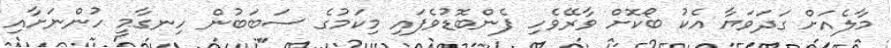
މާލެއަށް ގަދަވަޔާ އެކު ބޯކޮށް ވާރޭވެހި ފެންބޮޑުވެފައި މިކަމުގެ ސަބަބުން ހިނގާމީ ހުންނަށާއި